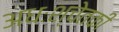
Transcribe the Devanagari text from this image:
अधःश्चेतकी